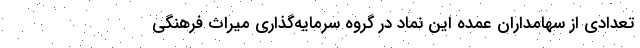
تعدادی از سهامداران عمده این نماد در گروه سرمایه‌گذاری میراث فرهنگی